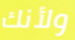
ولأنك